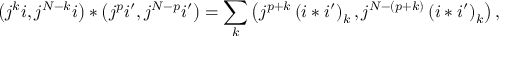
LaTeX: \left( j ^ { k } i , j ^ { N - k } i \right) \ast \left( j ^ { p } i ^ { \prime } , j ^ { N - p } i ^ { \prime } \right) = \sum _ { k } \left( j ^ { p + k } \left( i \ast i ^ { \prime } \right) _ { k } , j ^ { N - \left( p + k \right) } \left( i \ast i ^ { \prime } \right) _ { k } \right) ,